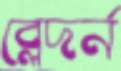
ব্লেদর্ন